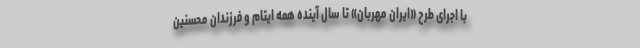
با اجرای طرح «ایران مهربان» تا سال آینده همه ایتام و فرزندان محسنین